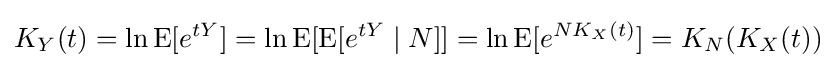
K_{Y}(t)=\ln \operatorname {E} [e^{tY}]=\ln \operatorname {E} [\operatorname {E} [e^{tY}\mid N]]=\ln \operatorname {E} [e^{NK_{X}(t)}]=K_{N}(K_{X}(t))